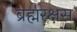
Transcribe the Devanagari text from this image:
ब्रह्मरक्षस